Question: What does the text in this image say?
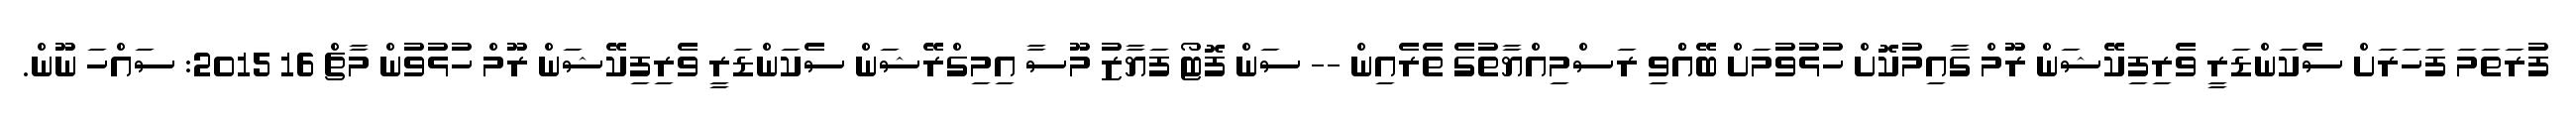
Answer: ފުރަތަމަ ފަހަރަށް ސެކަންޑަރީ ވެރިފިކޭޝަން ރޫމް ގާއިމުކޮށް ހުޅުވުމަށް ބޭއްްވި ރަސްމިއްޔާތުގެ ތެރެއިން -- ސަން ފޮޓޯ ފަޔާޒު މޫސާ އިމިގްރޭޝަން ސެކަންޑަރީ ވެރިފިކޭޝަން ރޫމް ހުޅުވުން މާޗް 16 2015: ސައްހަ ނޫން.